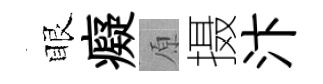
眼癡原摄汴